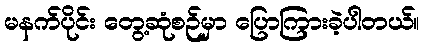
မနက်ပိုင်း တွေ့ဆုံစဉ်မှာ ပြောကြားခဲ့ပါတယ်။